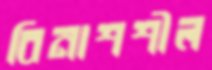
বিনাশশীল